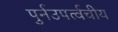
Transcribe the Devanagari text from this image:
पुर्नउपर्त्वचीय